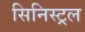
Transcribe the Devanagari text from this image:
सिनिस्ट्रल